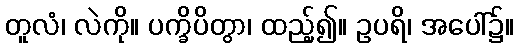
တူလံ၊ လဲကို။ ပက္ခိပိတွာ၊ ထည့်၍။ ဥပရိ၊ အပေါ်၌။